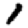
Digit: 1